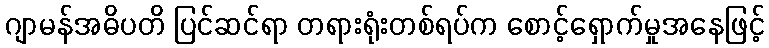
ဂျာမန်အဓိပတိ ပြင်ဆင်ရာ တရားရုံးတစ်ရပ်က စောင့်ရှောက်မှုအနေဖြင့်